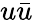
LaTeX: u\bar{u}